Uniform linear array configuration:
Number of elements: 24
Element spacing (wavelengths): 0.75
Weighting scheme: uniform
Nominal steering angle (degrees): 0
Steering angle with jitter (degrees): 1.015
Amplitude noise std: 0.05
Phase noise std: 0.05

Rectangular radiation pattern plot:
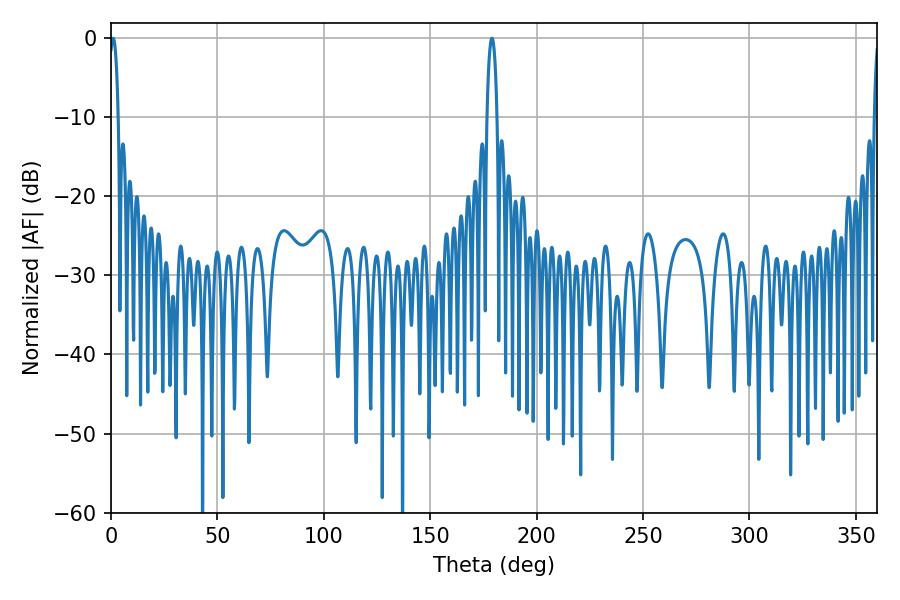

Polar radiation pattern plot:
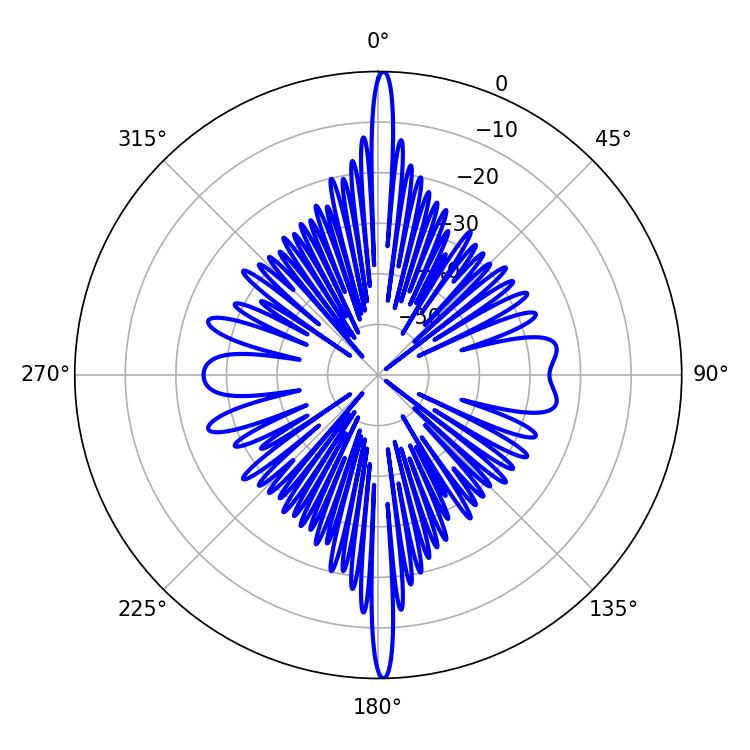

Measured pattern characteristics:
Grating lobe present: TRUE
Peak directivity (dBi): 29.332
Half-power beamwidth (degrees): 2.7
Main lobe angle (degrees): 178.92